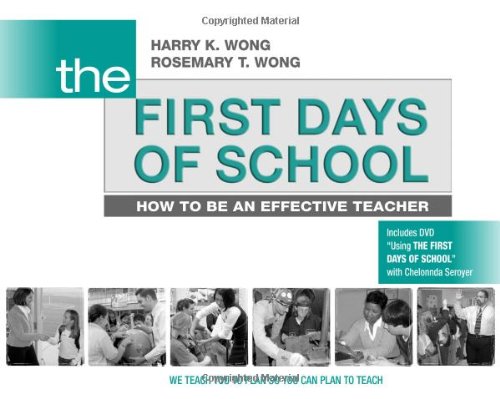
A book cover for The First Days of School: How to Be an Effective Teacher (Book & DVD); Harry K. Wong; Education & Teaching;